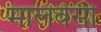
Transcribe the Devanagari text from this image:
मालवेसी